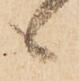
候